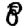
Digit: 8